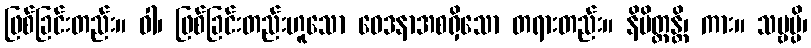
ဖြစ်ခြင်းတည်း။ ဝါ၊ ဖြစ်ခြင်းတည်းဟူသော ဝေဒနာအစရှိသော တရားတည်း။ နိမိတ္တန္တိ၊ ကား။ သဗ္ဗမ္ပိ၊